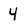
Character: 4